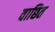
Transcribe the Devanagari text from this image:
वाछित